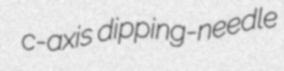
c-axis dipping-needle